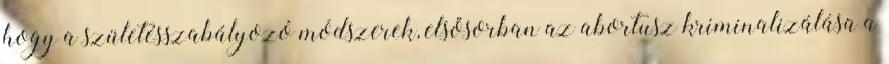
hogy a születésszabályozó módszerek, elsősorban az abortusz kriminalizálása a